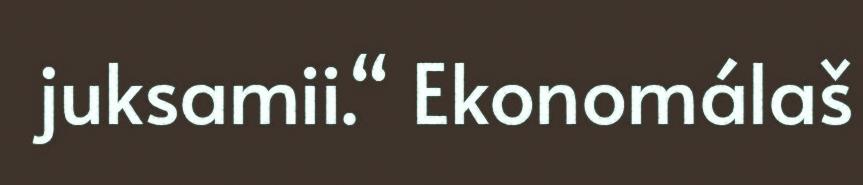
juksamii.“ Ekonomálaš